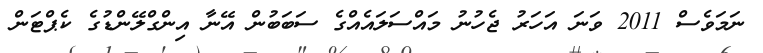
ނަމަވެސް 2011 ވަނަ އަހަރު ޖެހުނު މައްސަލައެއްގެ ސަބަބުން އޭނާ އިންގްލޭންޑުގެ ކެޕްޓަން